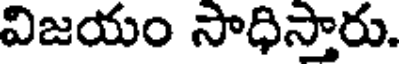
విజయం సాధిస్తారు.